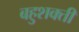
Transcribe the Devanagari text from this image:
बहुशक्ती